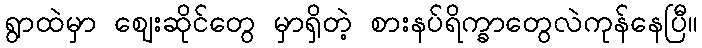
ရွာထဲမှာ ဈေးဆိုင်တွေ မှာရှိတဲ့ စားနပ်ရိက္ခာတွေလဲကုန်နေပြီ။